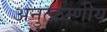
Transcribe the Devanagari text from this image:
अनुत्क्रम्णीय